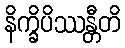
နိက္ခိပိဿန္တီတိ